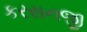
કરસનજી